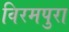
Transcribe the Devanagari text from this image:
विरमपुरा